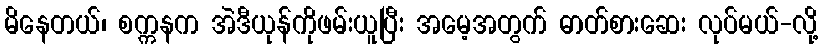
မိနေတယ်၊ စက္ကနက အဲဒီယုန်ကိုဖမ်းယူပြီး အမေ့အတွက် ဓာတ်စားဆေး လုပ်မယ်-လို့